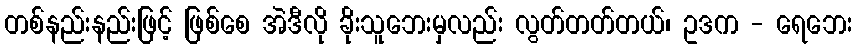
တစ်နည်းနည်းဖြင့် ဖြစ်စေ အဲဒီလို ခိုးသူဘေးမှလည်း လွတ်တတ်တယ်၊ ဥဒက - ရေဘေး